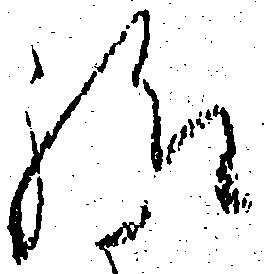
様